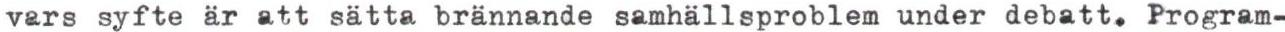
vars syfte är att sätta brännande samhällsproblem under debatt. Program-